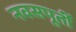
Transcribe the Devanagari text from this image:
नवसपूर्ती